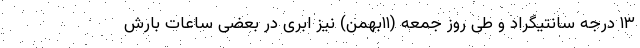
۱۳ درجه سانتیگراد و طی روز جمعه (۱۱بهمن) نیز ابری در بعضی ساعات بارش